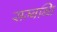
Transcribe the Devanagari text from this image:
सम्‍बन्‍धि